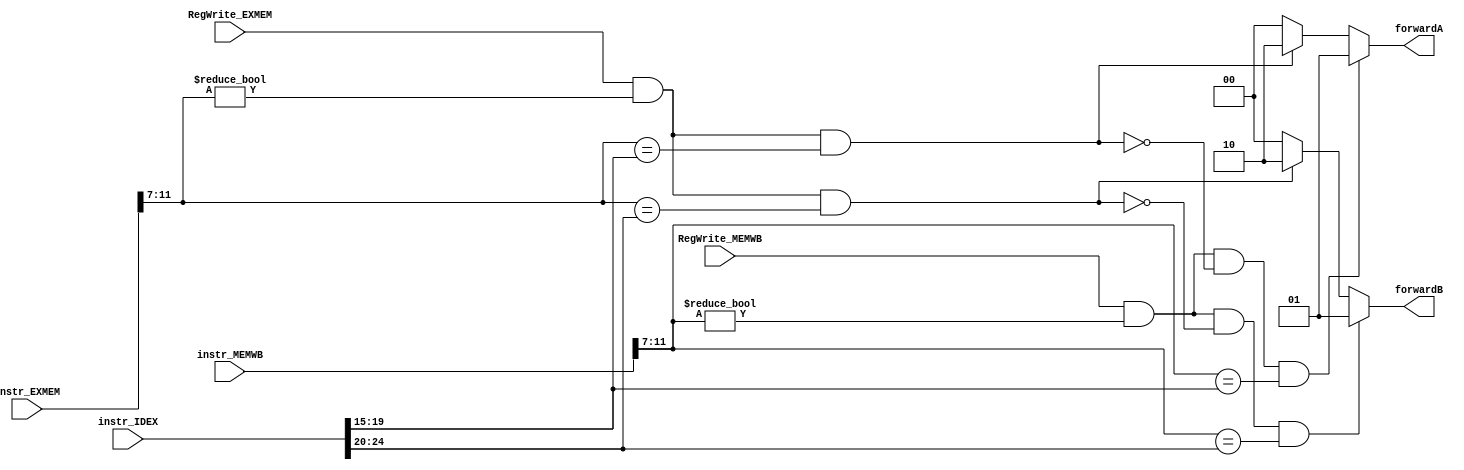
`timescale 1ns/1ps
module forwarding_unit(
	input [31:0] instr_IDEX,
	input [31:0] instr_EXMEM,
	input [31:0] instr_MEMWB,
	input        RegWrite_EXMEM,
	input        RegWrite_MEMWB,
	output reg [1:0] forwardA,
	output reg [1:0] forwardB
);

wire [4:0] rs1_IDEX = instr_IDEX[19:15];
wire [4:0] rs2_IDEX = instr_IDEX[24:20];

wire [4:0] rd_EXMEM = instr_EXMEM[11:7];
wire [4:0] rd_MEMWB = instr_MEMWB[11:7];

always @(*) begin
	forwardA = 2'b00;
	forwardB = 2'b00;
	if(RegWrite_EXMEM 
		&& (rd_EXMEM != 0) 
		&& (rd_EXMEM == rs1_IDEX))begin
			forwardA = 2'b10;
		end
	if(RegWrite_EXMEM 
		&& (rd_EXMEM != 0) 
		&& (rd_EXMEM == rs2_IDEX))begin
			forwardB = 2'b10;
		end
	if((RegWrite_MEMWB) 
		&& (rd_MEMWB != 0) 
		&& !((RegWrite_EXMEM) && (rd_EXMEM != 0) && (rd_EXMEM == rs1_IDEX))
		&& (rd_MEMWB == rs1_IDEX)
		)begin
			forwardA = 2'b01;
		end
	if(RegWrite_MEMWB 
		&& (rd_MEMWB != 0) 
		&& !((RegWrite_EXMEM) && (rd_EXMEM != 0) && (rd_EXMEM == rs2_IDEX))
		&& (rd_MEMWB == rs2_IDEX)
		)begin
			forwardB = 2'b01;
		end
end

endmodule